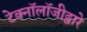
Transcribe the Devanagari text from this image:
टेक्‍नॉलॉजीद्वारे